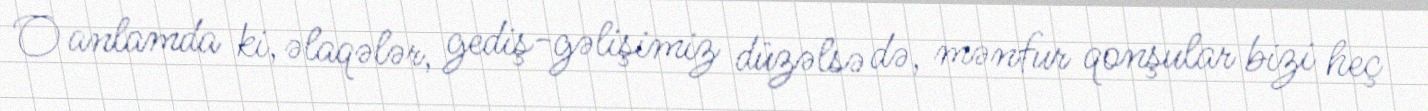
O anlamda ki, əlaqələr, gediş-gəlişimiz düzəlsə də, mənfur qonşular bizi heç